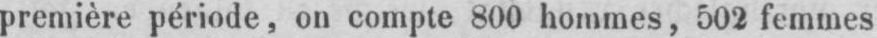
première période, on compte 800 hommes, 502 femmes